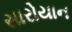
સારોયાન